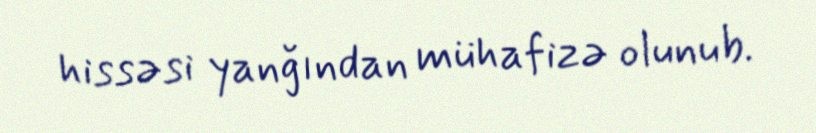
hissəsi yanğından mühafizə olunub.